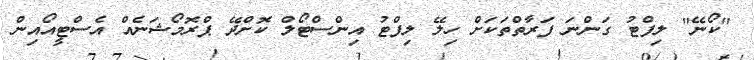
"ކޯނޭ" ލިފްޓު ގަންނަ ފަރާތްތަކަށް ހިލޭ ލިފްޓު އިންސްޓޯލް ކޮށްދޭ ޕްރޮމޯޝަނެއް އެސްޓީއޯއިން